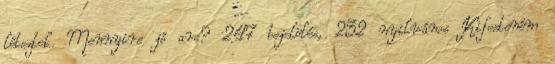
léteztek. Mennyire jó arc? 247 bejelölés, 232 nyilvános Kifesteném